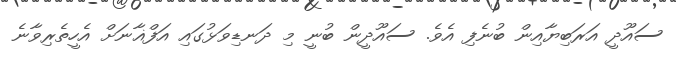
ސައޫދީ އަރަބިޔާއިން ބުނެފި އެވެ. ސައޫދީން ބުނީ މި ދަނޑިވަޅުގައި އަފްޣާނަށް އެހީތެރިވާނެ